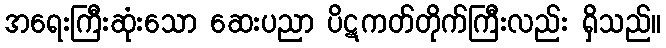
အရေးကြီးဆုံးသော ဆေးပညာ ပိဋကတ်တိုက်ကြီးလည်း ရှိသည်။